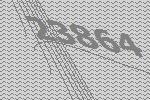
23864